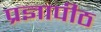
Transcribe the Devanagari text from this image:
प्रज्ञापीठ